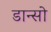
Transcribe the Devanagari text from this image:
डान्सो